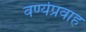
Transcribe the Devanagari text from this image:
वर्ण्यप्रवाह